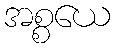
အစ္စယေ